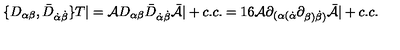
\{ D _ { \alpha \beta } , { \bar { D } } _ { \dot { \alpha } \dot { \beta } } \} T | = { \cal A } D _ { \alpha \beta } { \bar { D } } _ { \dot { \alpha } \dot { \beta } } { \bar { \cal A } } | + c . c . = 1 6 { \cal A } \partial _ { ( \alpha ( \dot { \alpha } } \partial _ { \beta ) \dot { \beta } ) } { \bar { \cal A } } | + c . c .